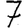
Digit: 7